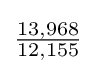
{\tfrac {13,968}{12,155}}